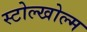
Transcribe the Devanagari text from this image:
स्टोल्खोल्म